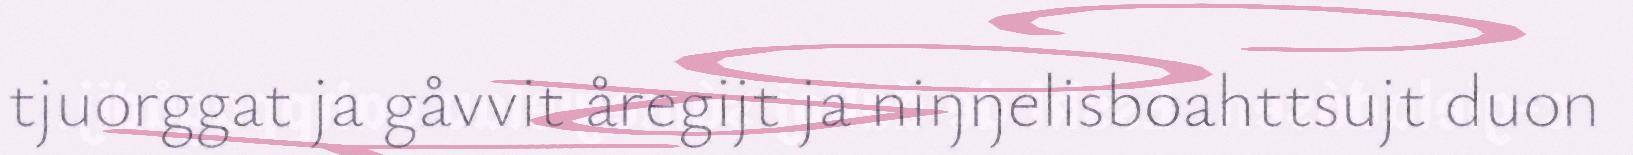
tjuorggat ja gåvvit åregijt ja niŋŋelisboahttsujt duon